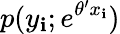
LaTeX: p(y_{\mathbf{i}};e^{\theta^{\prime}x_{\mathbf{i}}})